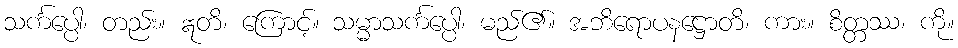
သင်္ကပ္ပေါ၊ တည်း။ ဣတိ၊ ကြောင့်။ သမ္မာသင်္ကပ္ပေါ၊ မည်၏။ အဘိရောပနဋ္ဌောတိ၊ ကား။ စိတ္တဿ၊ ကို။